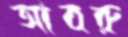
আবরু